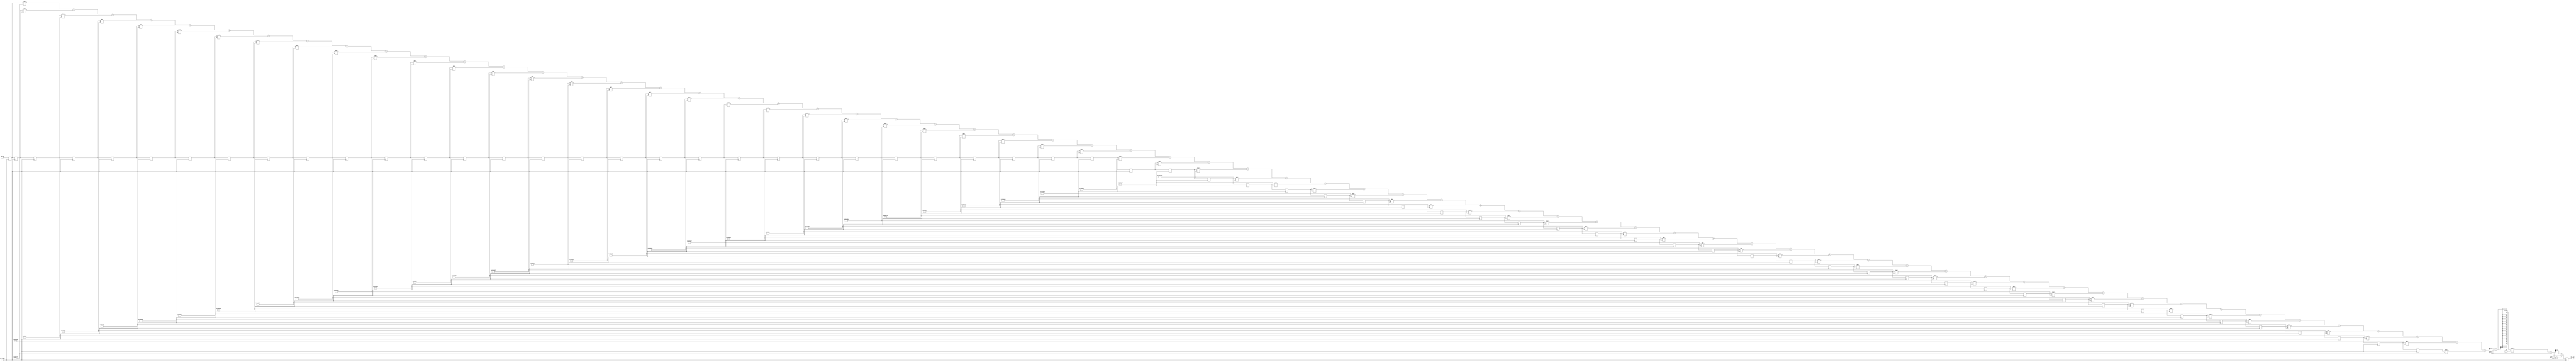
`timescale 1ns / 1ps
//////////////////////////////////////////////////////////////////////////////////
// Company: 
// Engineer: 
// 
// Design Name: 
// Module Name: lpf
// Project Name: 
// Target Devices: 
// Tool Versions: 
// Description: 
// 
// Dependencies: 
// 
// Revision:
// Revision 0.01 - File Created
// Additional Comments:
// 
//////////////////////////////////////////////////////////////////////////////////


module lpf(
    input clk_20kHz,
    input [11:0] mic_in,
    output reg [11:0] mic_out
    );
    
    reg [11:0] a0, a1, a2, a3, a4, a5, a6, a7, a8, a9, a10, a11, a12, a13, a14, a15, a16, a17, a18, a19, a20, a21, a22, a23, a24, a25, a26, a27, a28, a29, a30, a31, a32, a33, a34, a35, a36, a37, a38, a39, a40, a41, a42, a43, a44, a45, a46, a47, a48, a49, a50, a51, a52, a53, a54, a55, a56, a57, a58, a59, a60, a61, a62, a63;
    
    reg [31:0] b0 = 10076031;
    reg [31:0] b1 = 10363945;
    reg [31:0] b2 = 11224804;
    reg [31:0] b3 = 12650055;
    reg [31:0] b4 = 14625535;
    reg [31:0] b5 = 17131612;
    reg [31:0] b6 = 20143381;
    reg [31:0] b7 = 23630910;
    reg [31:0] b8 = 27559540;
    reg [31:0] b9 = 31890227;
    reg [31:0] b10 = 36579931;
    reg [31:0] b11 = 41582046;
    reg [31:0] b12 = 46846857;
    reg [31:0] b13 = 52322040;
    reg [31:0] b14 = 57953183;
    reg [31:0] b15 = 63684318;
    reg [31:0] b16 = 69458488;
    reg [31:0] b17 = 75218306;
    reg [31:0] b18 = 80906529;
    reg [31:0] b19 = 86466623;
    reg [31:0] b20 = 91843330;
    reg [31:0] b21 = 96983214;
    reg [31:0] b22 = 101835190;
    reg [31:0] b23 = 106351038;
    reg [31:0] b24 = 110485877;
    reg [31:0] b25 = 114198612;
    reg [31:0] b26 = 117452344;
    reg [31:0] b27 = 120214736;
    reg [31:0] b28 = 122458333;
    reg [31:0] b29 = 124160837;
    reg [31:0] b30 = 125305328;
    reg [31:0] b31 = 125880432;
    reg [31:0] b32 = 125880432;
    reg [31:0] b33 = 125305328;
    reg [31:0] b34 = 124160837;
    reg [31:0] b35 = 122458333;
    reg [31:0] b36 = 120214736;
    reg [31:0] b37 = 117452344;
    reg [31:0] b38 = 114198612;
    reg [31:0] b39 = 110485877;
    reg [31:0] b40 = 106351038;
    reg [31:0] b41 = 101835190;
    reg [31:0] b42 = 96983214;
    reg [31:0] b43 = 91843330;
    reg [31:0] b44 = 86466623;
    reg [31:0] b45 = 80906529;
    reg [31:0] b46 = 75218306;
    reg [31:0] b47 = 69458488;
    reg [31:0] b48 = 63684318;
    reg [31:0] b49 = 57953183;
    reg [31:0] b50 = 52322040;
    reg [31:0] b51 = 46846857;
    reg [31:0] b52 = 41582046;
    reg [31:0] b53 = 36579931;
    reg [31:0] b54 = 31890227;
    reg [31:0] b55 = 27559540;
    reg [31:0] b56 = 23630910;
    reg [31:0] b57 = 20143381;
    reg [31:0] b58 = 17131612;
    reg [31:0] b59 = 14625535;
    reg [31:0] b60 = 12650055;
    reg [31:0] b61 = 11224804;
    reg [31:0] b62 = 10363945;
    reg [31:0] b63 = 10076031;
    
    reg [43:0] sum;
    
    always @ (posedge clk_20kHz) begin
        a0 <= mic_in;
        a1 <= a0;
        a2 <= a1;
        a3 <= a2;
        a4 <= a3;
        a5 <= a4;
        a6 <= a5;
        a7 <= a6;
        a8 <= a7;
        a9 <= a8;
        a10 <= a9;
        a11 <= a10;
        a12 <= a11;
        a13 <= a12;
        a14 <= a13;
        a15 <= a14;
        a16 <= a15;
        a17 <= a16;
        a18 <= a17;
        a19 <= a18;
        a20 <= a19;
        a21 <= a20;
        a22 <= a21;
        a23 <= a22;
        a24 <= a23;
        a25 <= a24;
        a26 <= a25;
        a27 <= a26;
        a28 <= a27;
        a29 <= a28;
        a30 <= a29;
        a31 <= a30;
        a32 <= a31;
        a33 <= a32;
        a34 <= a33;
        a35 <= a34;
        a36 <= a35;
        a37 <= a36;
        a38 <= a37;
        a39 <= a38;
        a40 <= a39;
        a41 <= a40;
        a42 <= a41;
        a43 <= a42;
        a44 <= a43;
        a45 <= a44;
        a46 <= a45;
        a47 <= a46;
        a48 <= a47;
        a49 <= a48;
        a50 <= a49;
        a51 <= a50;
        a52 <= a51;
        a53 <= a52;
        a54 <= a53;
        a55 <= a54;
        a56 <= a55;
        a57 <= a56;
        a58 <= a57;
        a59 <= a58;
        a60 <= a59;
        a61 <= a60;
        a62 <= a61;
        a63 <= a62;
        
        sum = a0 * b0 + a1 * b1 + a2 * b2 + a3 * b3 + a4 * b4 + a5 * b5 + a6 * b6 + a7 * b7 + a8 * b8 + a9 * b9 + a10 * b10 + a11 * b11 + a12 * b12 + a13 * b13 + a14 * b14 + a15 * b15 + a16 * b16 + a17 * b17 + a18 * b18 + a19 * b19 + a20 * b20 + a21 * b21 + a22 * b22 + a23 * b23 + a24 * b24 + a25 * b25 + a26 * b26 + a27 * b27 + a28 * b28 + a29 * b29 + a30 * b30 + a31 * b31 + a32 * b32 + a33 * b33 + a34 * b34 + a35 * b35 + a36 * b36 + a37 * b37 + a38 * b38 + a39 * b39 + a40 * b40 + a41 * b41 + a42 * b42 + a43 * b43 + a44 * b44 + a45 * b45 + a46 * b46 + a47 * b47 + a48 * b48 + a49 * b49 + a50 * b50 + a51 * b51 + a52 * b52 + a53 * b53 + a54 * b54 + a55 * b55 + a56 * b56 + a57 * b57 + a58 * b58 + a59 * b59 + a60 * b60 + a61 * b61 + a62 * b62 + a63 * b63;
        
        mic_out = (((sum[43:32] - 2047) * 2 + 2047) > 4095) ? 4095 : ((sum[43:32] - 2047) * 2 + 2047);
    end
endmodule